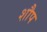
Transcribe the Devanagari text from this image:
शौप